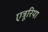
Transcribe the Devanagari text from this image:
एत्रूरिया